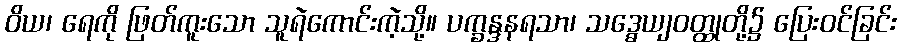
ဝိယ၊ ရေကို ဖြတ်ကူးသော သူရဲကောင်းကဲ့သို့။ ပက္ခန္ဒနရသာ၊ သဒ္ဓေယျဝတ္ထုတို့၌ ပြေးဝင်ခြင်း